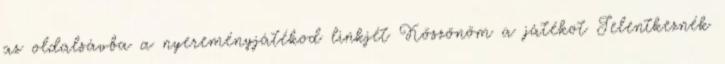
az oldalsávba a nyereményjátékod linkjét Köszönöm a játékot Jelentkeznék